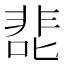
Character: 𰈖